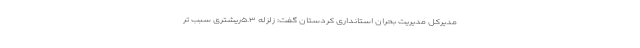
مدیرکل مدیریت بحران استانداری کردستان گفت: زلزله ۵.۳ریشتری سبب تر